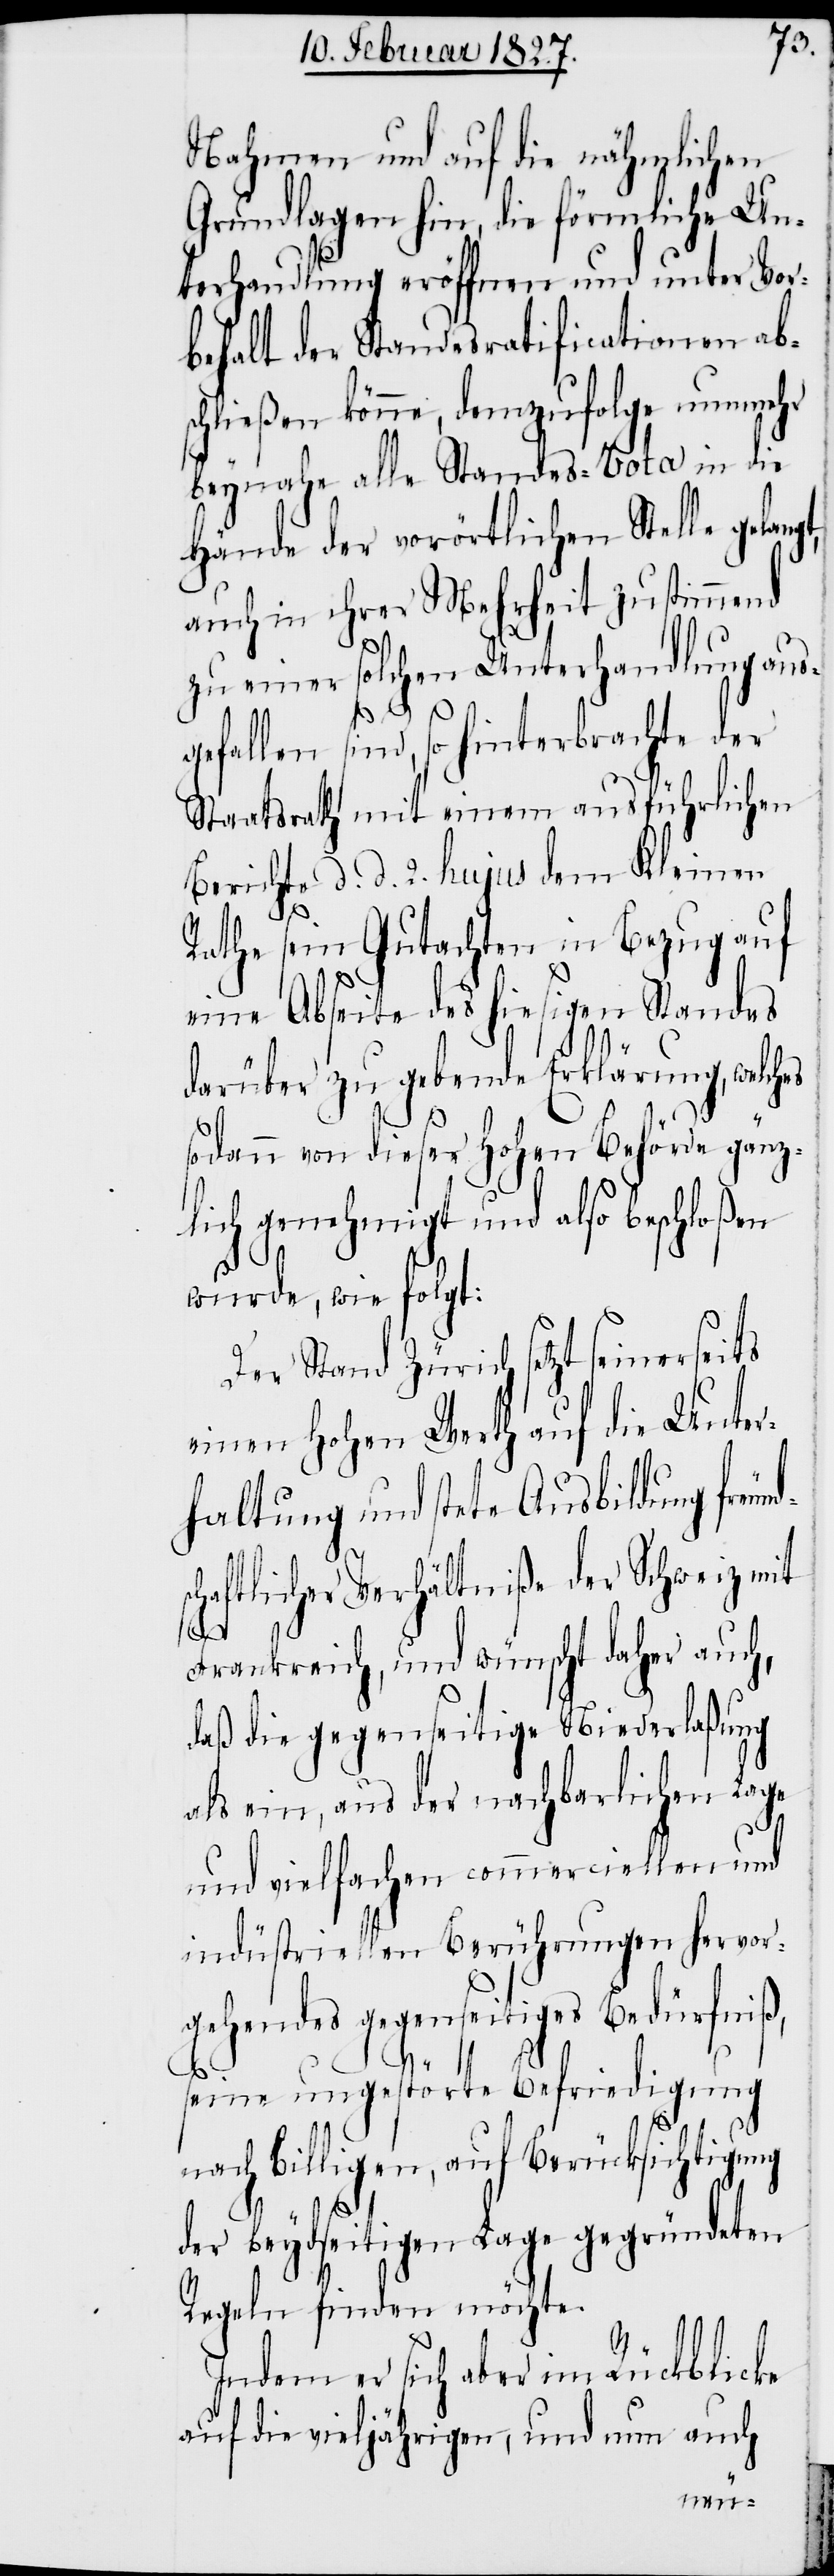
Nahmen und auf die nähmlichen
Grundlagen hin, die förmliche Un¬
terhandlung eröffnen und unter Vor¬
behalt der Standesratificationen abs¬
chließen könne, demzufolge nunmehr
beynahe alle Standes-Vota in die
Hände der vorörtlichen Stelle gelangt,
auch in ihrer Mehrheit zustimmend
zu einer solchen Unterhandlung aus¬
gefallen sind, so hinterbrachte der
Staatsrath mit einem ausführlichen
Bericht d. d. 2. hujus dem Kleinen
Rathe sein Gutachten in Bezug auf
eine Abseite des hiesigen Standes
darüber zu gebende Erklärung, welches
sodann von dieser Hohen Behörde gänz¬
lich genehmigt und also beschloßen
wurde, wie folgt:
Der Stand Zürich setzt seinerseits
einen Hohen Werth auf die Unter¬
haltung und stete Ausbildung freun¬
chaftlicher Verhältniße der Schweiz mit
ds¬
Frankreich, und wünscht daher auch,
daß die gegenseitige Niederlaßung
als ein, aus der nachbarlichen Lage
und vielfachen commerciellen und
indüstriellen Berührungen hervor¬
gehendes gegenseitiges Bedürfniß,
seine ungestörte Befriedigung
nach billigen, auf Berücksichtigung
der beydseitigen Lage gegründeten
Regeln finden möchte.
Indem er sich aber im Rückblicke
auf die vieljährigen, und nun auch